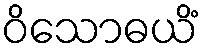
ဝိသောဓယိံ